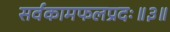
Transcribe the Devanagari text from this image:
सर्वकामफलप्रदः॥३॥